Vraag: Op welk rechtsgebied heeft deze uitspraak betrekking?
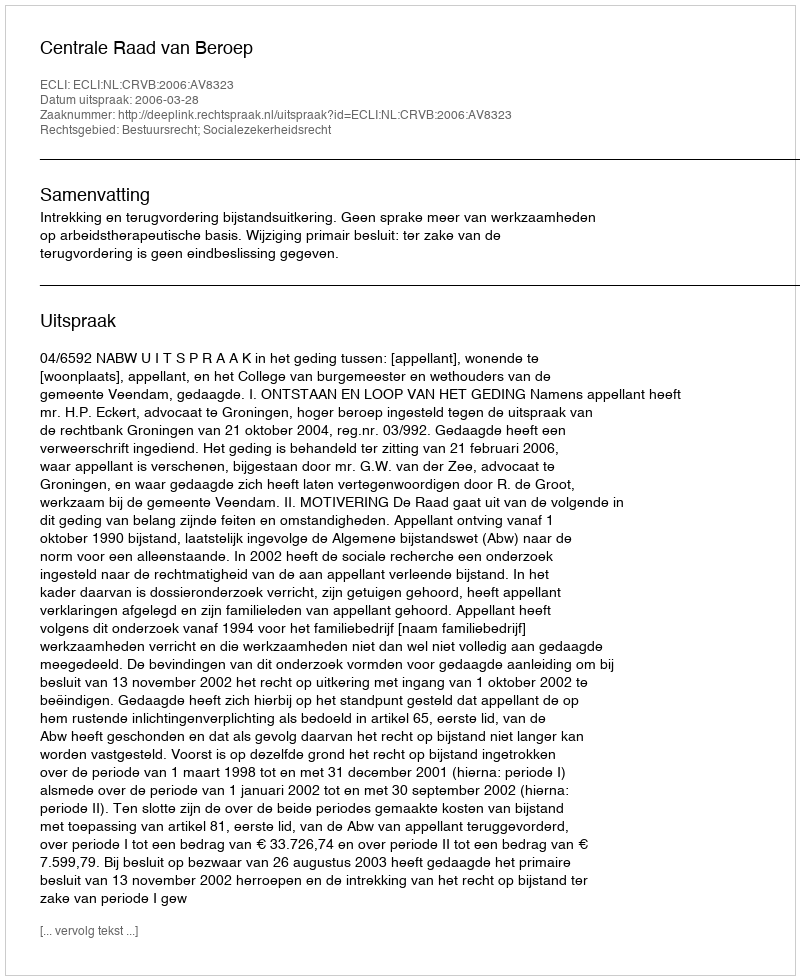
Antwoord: Bestuursrecht; Socialezekerheidsrecht